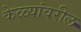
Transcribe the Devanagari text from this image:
केळ्यांवरील